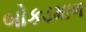
બોકડમાળ